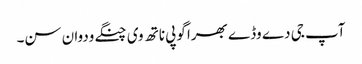
آپ جی دے وڈے بھرا گوپی ناتھ وی چنگے ودوان سن۔